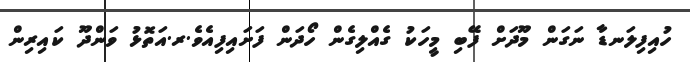
ހުއިފިލަނޑާ ނަގަން މޫދަށް ފޭބި މީހަކު ގެއްލިގެން ހޯދަން ފަށައިފިއެވެ.ރ.އަތޮޅު ވަންދޫ ކައިރިން